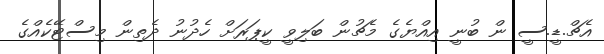
އެޗް.ޑީ.ސީ ން ބުނީ އިއްޔެގެ މެޗުން ބަލިވީ ކީޕަރަށް ހެދުނު ދެތިން މިސްޓޭކެއްގެ